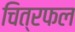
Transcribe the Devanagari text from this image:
चित्रफल